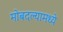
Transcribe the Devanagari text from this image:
मोबदल्यामध्ये